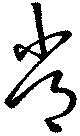
常